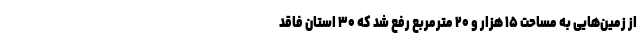
از زمین‌هایی به مساحت ۱۵ هزار و ۲۰ مترمربع رفع شد که ۳۰ استان فاقد